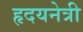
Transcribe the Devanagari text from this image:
हृदयनेत्री